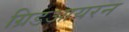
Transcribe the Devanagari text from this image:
ग्रिडआयरन